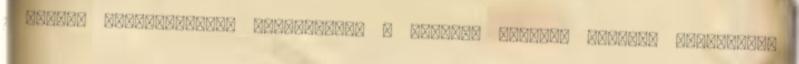
1 csipet szerecsendió, Előkészítés A leveles tésztát hagyjuk kiengedni.